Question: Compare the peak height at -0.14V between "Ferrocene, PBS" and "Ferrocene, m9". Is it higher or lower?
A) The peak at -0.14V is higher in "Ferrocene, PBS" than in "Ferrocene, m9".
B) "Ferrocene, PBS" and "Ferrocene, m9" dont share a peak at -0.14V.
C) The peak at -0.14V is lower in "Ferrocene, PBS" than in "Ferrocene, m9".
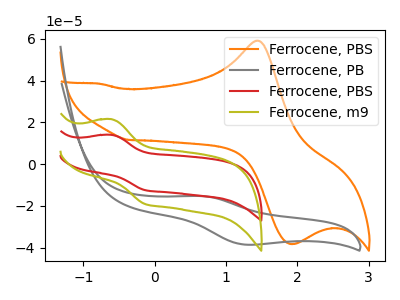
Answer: <think>The orange curve "Ferrocene, PBS" has an anodic peak at (1.45V, 59.15uA) and a cathodic peak at (1.90V, -38.20uA). The gray curve "Ferrocene, PB" has an anodic peak at (0.65V, -15.30uA) and a cathodic peak at (1.25V, -38.55uA). The red curve "Ferrocene, PBS" has an anodic peak at (-0.60V, 14.05uA) and a cathodic peak at (-0.15V, -12.45uA). The olive curve "Ferrocene, m9" has an anodic peak at (-0.60V, 21.55uA) and a cathodic peak at (-0.15V, -19.10uA).</think>
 <answer>C) The peak at -0.14V is lower in "Ferrocene, PBS" than in "Ferrocene, m9".</answer>
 <eval>C</eval>